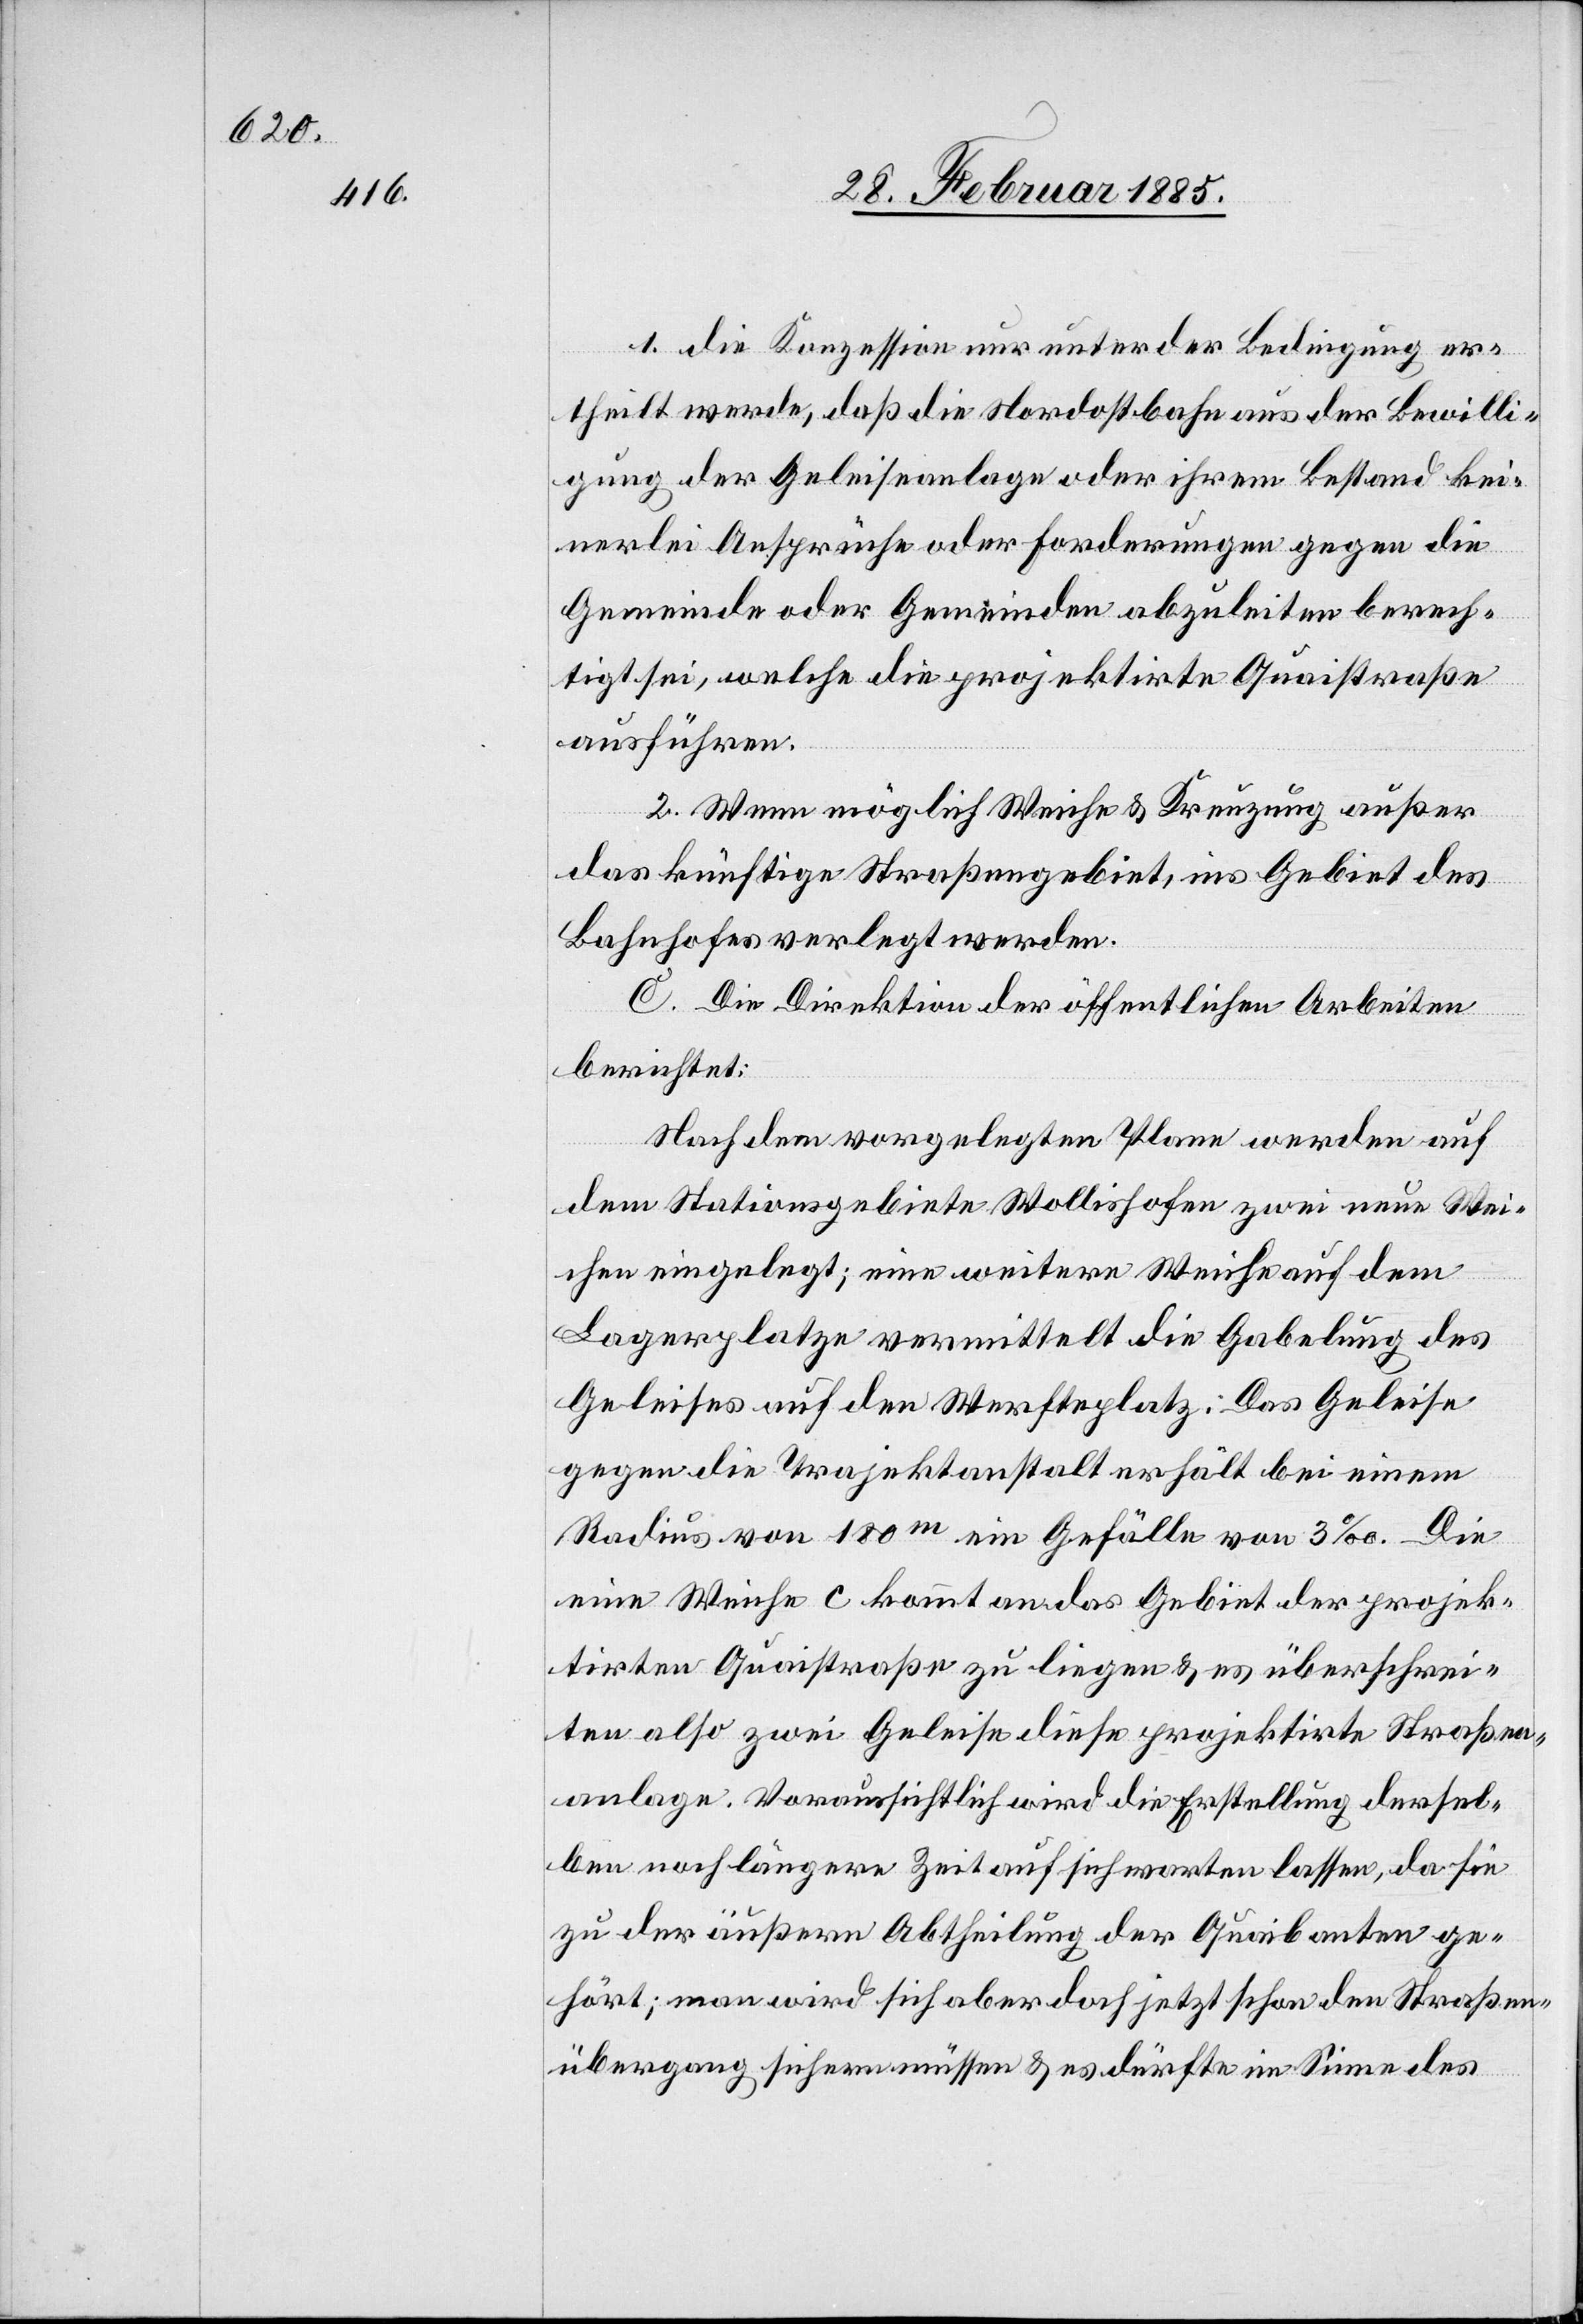
1. die Konzession nur unter den Bedingungen er¬
theilt werde, daß die Nordostbahn aus der Bewilli¬
gung der Geleiseanlage oder ihrem Bestand kei¬
nerlei Ansprüche oder Forderungen gegen die
Gemeinde oder Gemeinden abzuleiten berech¬
tigt, welche die projektirte Quaistraße
ausführen.
2. Wenn möglich Weiche & Kreuzung außer
das künftige Straßengebiet, ins Gebiet des
Bahnhofes verlegt werden.
C. Die Direktion der öffentlichen Arbeiten
berichtet:
Nach dem vorgelegten Plane werden auf
dem Stationsgebiete Wollishofen zwei neue Wei¬
chen eingelegt; eine weitere Weiche auf dem
Lagerpatze vermittelst die Gabelung des
Geleises auf den Werfteplatz. Das Gleise
gegen die Trajektanstalt erhält bei einem
Radius von 180m ein Gefälle von 3‰. Die
eine Weiche C kommt an das Gebiet der projek¬
tirten Quaistraße zu liegen & es überschrei¬
ten also zwei Geleise diese projektirte Straßen¬
anlage. Voraussichtlich wird die Erstellung dersel¬
ben noch längere Zeit auf sich warten lassen, da sie
zu der äußern Abtheilung der Quaibauten ge¬
hört; man wird sich aber doch jetzt schon den Straßen¬
übergang sichern müssen & es dürfte im Sinne des